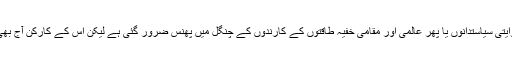
یہ جماعت سرمایہ داروںٗ روایتی سیاستدانوں یا پھر عالمی اور مقامی خفیہ طاقتوں کے کارندوں کے چنگل میں پھنس ضرور گئی ہے لیکن اس کے کارکن آج بھی پاکستان کا بڑا سرمایہ ہیں۔